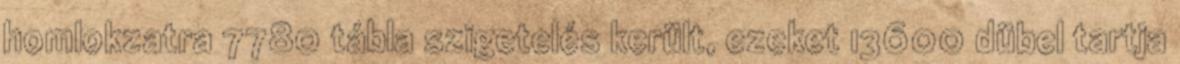
homlokzatra 7780 tábla szigetelés került, ezeket 13600 dübel tartja